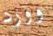
وورد